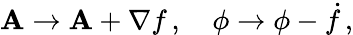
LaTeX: \mathbf{A}\rightarrow\mathbf{A}+\nabla f\, ,\quad\phi\rightarrow\phi-{\dot{f}}\, ,